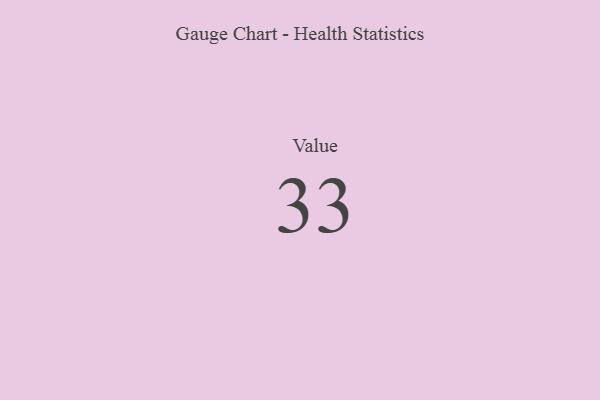
{"axis": {"x": "Metric", "y": "Value"}, "legend": [""], "data": [{"x": "Value", "y": 33, "type": ""}]}